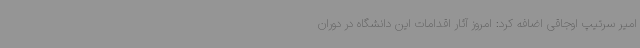
امیر سرتیپ اوجاقی اضافه کرد: امروز آثار اقدامات این دانشگاه در دوران